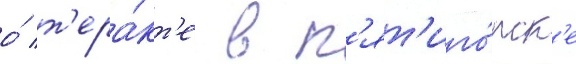
о́ т'ера́кт'е в п'ят'иго́рск'е